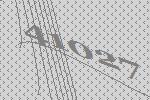
41027